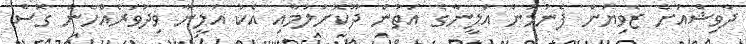
ދާވިޝްއަށް ޒެވިޔަން ފެނުމުން އަލީނާގެ އަތުން ދޫކޮށްލުމާއި އެކު އަލީނާ ވިދުވަރެއްހެން ގޮސް